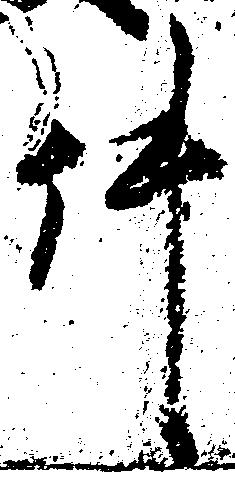
件